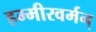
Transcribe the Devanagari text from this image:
हम्मीरवर्मन्